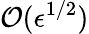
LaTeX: \mathcal{O}(\epsilon^{1/2})